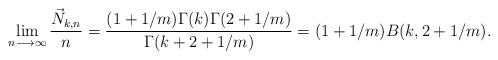
\begin{align*}\lim_{n\longrightarrow\infty} \frac{\vec N_{k,n}}{n} =\frac{(1+1/m)\Gamma(k)\Gamma(2+1/m)}{\Gamma(k + 2 + 1/m)}=(1 + 1/m)B(k, 2 + 1/m).\end{align*}